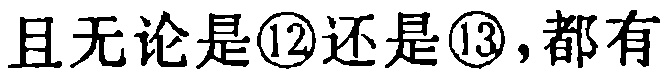
且无论是\textcircled{12}还是\textcircled{13},都有